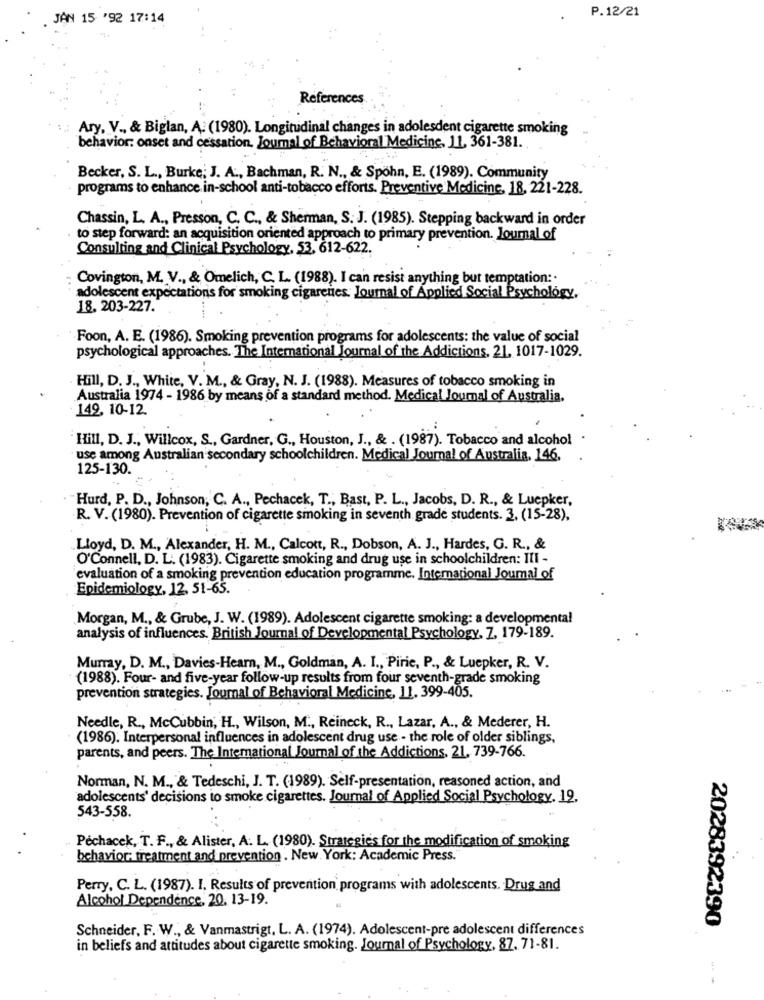
P.12/21
JAN 15 '92 17:14
References
Ary. V ., & Biglan, A: (1980). Longitudinal changes in adolesdent cigarette smoking
behavior: onset and cessation, Journal of Behavioral Medicine, 11, 361-381.
Becker, S. L ., Burke; J. A ., Bachman, R. N ., & Spohn, E. (1989). Community
programs to enhance in-school anti-tobacco efforts. Preventive Medicine, 18, 221-228.
Chassin, L. A ., Presson, C. C ., & Sherman, S. J. (1985). Stepping backward in order
to step forward: an acquisition oriented approach to primary prevention. Journal of
Consulting and Clinical Psychology, 53, 612-622.
Covington, M. V ., & Omelich, C. L. (1988). I can resist anything but temptation :.
adolescent expectations for smoking cigarettes. Journal of Applied Social Psychology,
18, 203-227.
Foon, A. E. (1986). Smoking prevention programs for adolescents: the value of social
psychological approaches. The International Journal of the Addictions. 21, 1017-1029.
Hill, D. J ., White, V. M ., & Gray, N. J. (1988). Measures of tobacco smoking in
Australia 1974 - 1986 by means of a standard method. Medical Journal of Australia.
149, 10-12.
Hill, D. J ., Willcox, S ., Gardner, G ., Houston, J ., & . (1987). Tobacco and alcohol
use among Australian secondary schoolchildren. Medical Journal of Australia, 146,
125-130.
"Hurd, P. D ., Johnson, C. A ., Pechacek, T ., Bast, P. L ., Jacobs, D. R ., & Luepker,
R. V. (1980). Prevention of cigarette smoking in seventh grade students. 3, (15-28),
Lloyd, D. M ., Alexander, H. M ., Calcott, R ., Dobson, A. J ., Hardes, G. R ., &
O'Connell, D. L. (1983). Cigarette smoking and drug use in schoolchildren: III -
evaluation of a smoking prevention education programme. International Joumal of
Epidemiology, 12, 51-65.
Morgan, M ., & Grube, J. W. (1989). Adolescent cigarette smoking: a developmental
analysis of influences. British Journal of Developmental Psychology. Z. 179-189.
Murray, D. M ., Davies-Hear, M ., Goldman, A. I ., Pirie, P ., & Luepker, R. V.
(1988). Four- and five-year follow-up results from four seventh-grade smoking
prevention strategies. Journal of Behavioral Medicine, 11. 399-405.
Needle, R ., McCubbin, H ., Wilson, M ., Reineck, R ., Lazar, A ., & Mederer, H.
(1986). Interpersonal influences in adolescent drug use - the role of older siblings,
parents, and peers. The International Journal of the Addictions, 21, 739-766.
Norman, N. M ., & Tedeschi, J. T. (1989). Self-presentation, reasoned action, and
adolescents' decisions to smoke cigarettes. Journal of Applied Social Psychology, 19,
543-558.
Pechacek, T. F ., & Alister, A. L. (1980). Strategies for the modification of smoking
behavior: treatment and prevention . New York: Academic Press.
Perry, C. L. (1987). I. Results of prevention programs with adolescents. Drug and
Alcohol Dependence, 20, 13-19.
2028392390
Schneider, F. W ., & Vanmastrigt, L. A. (1974). Adolescent-pre adolescent differences
in beliefs and attitudes about cigarette smoking. Journal of Psychology, 87, 71-81.